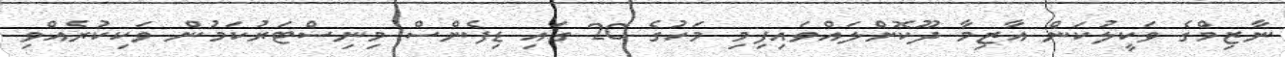
ނާޒިމްގެ ވަކީލުކަން އާޒިމާ ދޫކޮށްލައްވައިފިމި މަހުގެ 20 ގައި ޑިފެންސް މިނިސްޓަރުކަމުން ވަކިކުރެއްވި